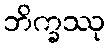
ဘိက္ခဿု